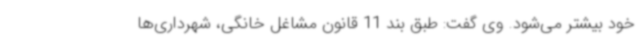
خود بیشتر می‌شود. وی گفت: طبق بند 11 قانون مشاغل خانگی، شهرداری‌ها